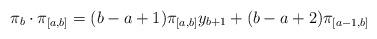
LaTeX: \begin{align*}\pi_b \cdot \pi_{[a,b]}= (b-a+1) \pi_{[a,b]} y_{b+1} + (b-a+2) \pi_{[a-1,b]}\end{align*}